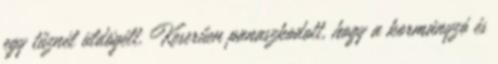
egy tűznél üldögélt. Keserűen panaszkodott, hogy a kormányzó és